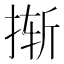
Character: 𰓼